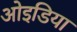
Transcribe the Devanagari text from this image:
ओइडिया